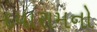
દયારામનો